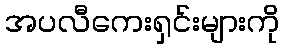
အပလီကေးရှင်းများကို